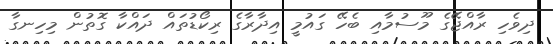
ދިވެހި ރާއްޖޭގެ މޫސުމާއި ބެހޭ ގައުމީ އިދާރާގެ ރިކޯޑުތައް ދައްކާ ގޮތުން މިހިނގާ